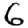
Digit: 6